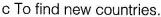
c To find new countries.